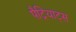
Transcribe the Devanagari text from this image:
पैट्रियाट्स